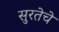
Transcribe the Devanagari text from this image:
सुरतेचे